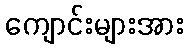
ကျောင်းများအား